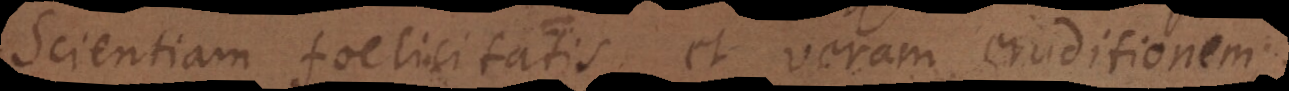
Scientiam foelicitatis, et veram eruditionem